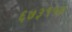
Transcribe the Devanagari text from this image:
६७३१५७